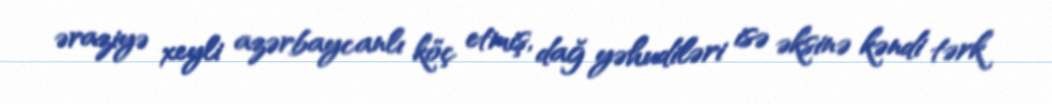
əraziyə xeyli azərbaycanlı köç etmiş, dağ yəhudiləri isə əksinə kəndi tərk